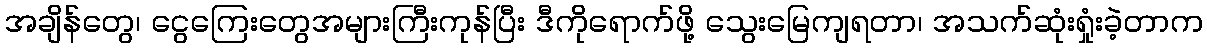
အချိန်တွေ၊ ငွေကြေးတွေအများကြီးကုန်ပြီး ဒီကိုရောက်ဖို့ သွေးမြေကျရတာ၊ အသက်ဆုံးရှုံးခဲ့တာက